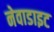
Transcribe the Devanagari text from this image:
नेवाडाइट